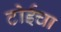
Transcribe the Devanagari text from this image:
टोईचा